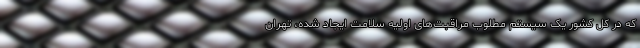
که در کل کشور یک سیستم مطلوب مراقبت‌های اولیه سلامت ایجاد شده، تهران